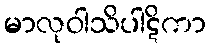
မာလုဝါသိပါဋိကာ